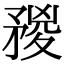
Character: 𥍺